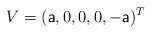
\begin{align*} V=(\textsf{a},0,0,0,-\textsf{a})^T\end{align*}